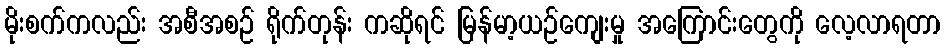
မိုးစက်ကလည်း အစီအစဉ် ရိုက်တုန်း ကဆိုရင် မြန်မာ့ယဉ်ကျေးမှု အကြောင်းတွေကို လေ့လာရတာ